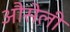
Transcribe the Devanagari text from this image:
औसेली